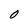
Character: O